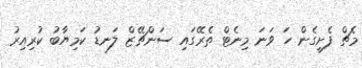
މެޗް ފެށިގެން ހަ ވަނަ މިނެޓް ތެރޭގައި ސަންޗޭޒް ލަނޑު ކަމިޔާބު ކުރިއިރު